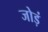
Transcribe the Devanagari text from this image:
जोड़ं